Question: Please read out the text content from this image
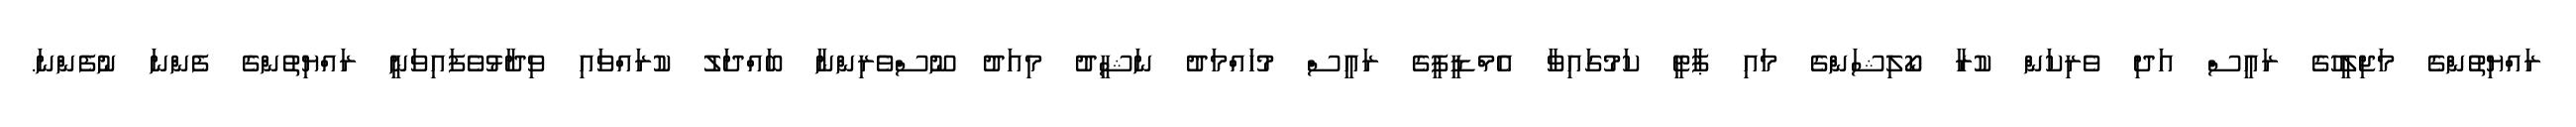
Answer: ރައްޔިތުންގެ މަޖިލީހުގެ ރައީސް އަދި ވެރިކަން ކުރާ ކޯލިޝަންގެ މައި ޕާޓީ ކަމުގައިވާ އެމްޑީޕީގެ ރައީސް މުހައްމަދު ނަޝީދު މިއަދު ނޫސްވެރިންނާ ބައްދަލު ކުރައްވައި ވިދާޅުވެފައިވަނީ ރައްޔިތުންގެ ފެންނަ ނުފެންނަ.